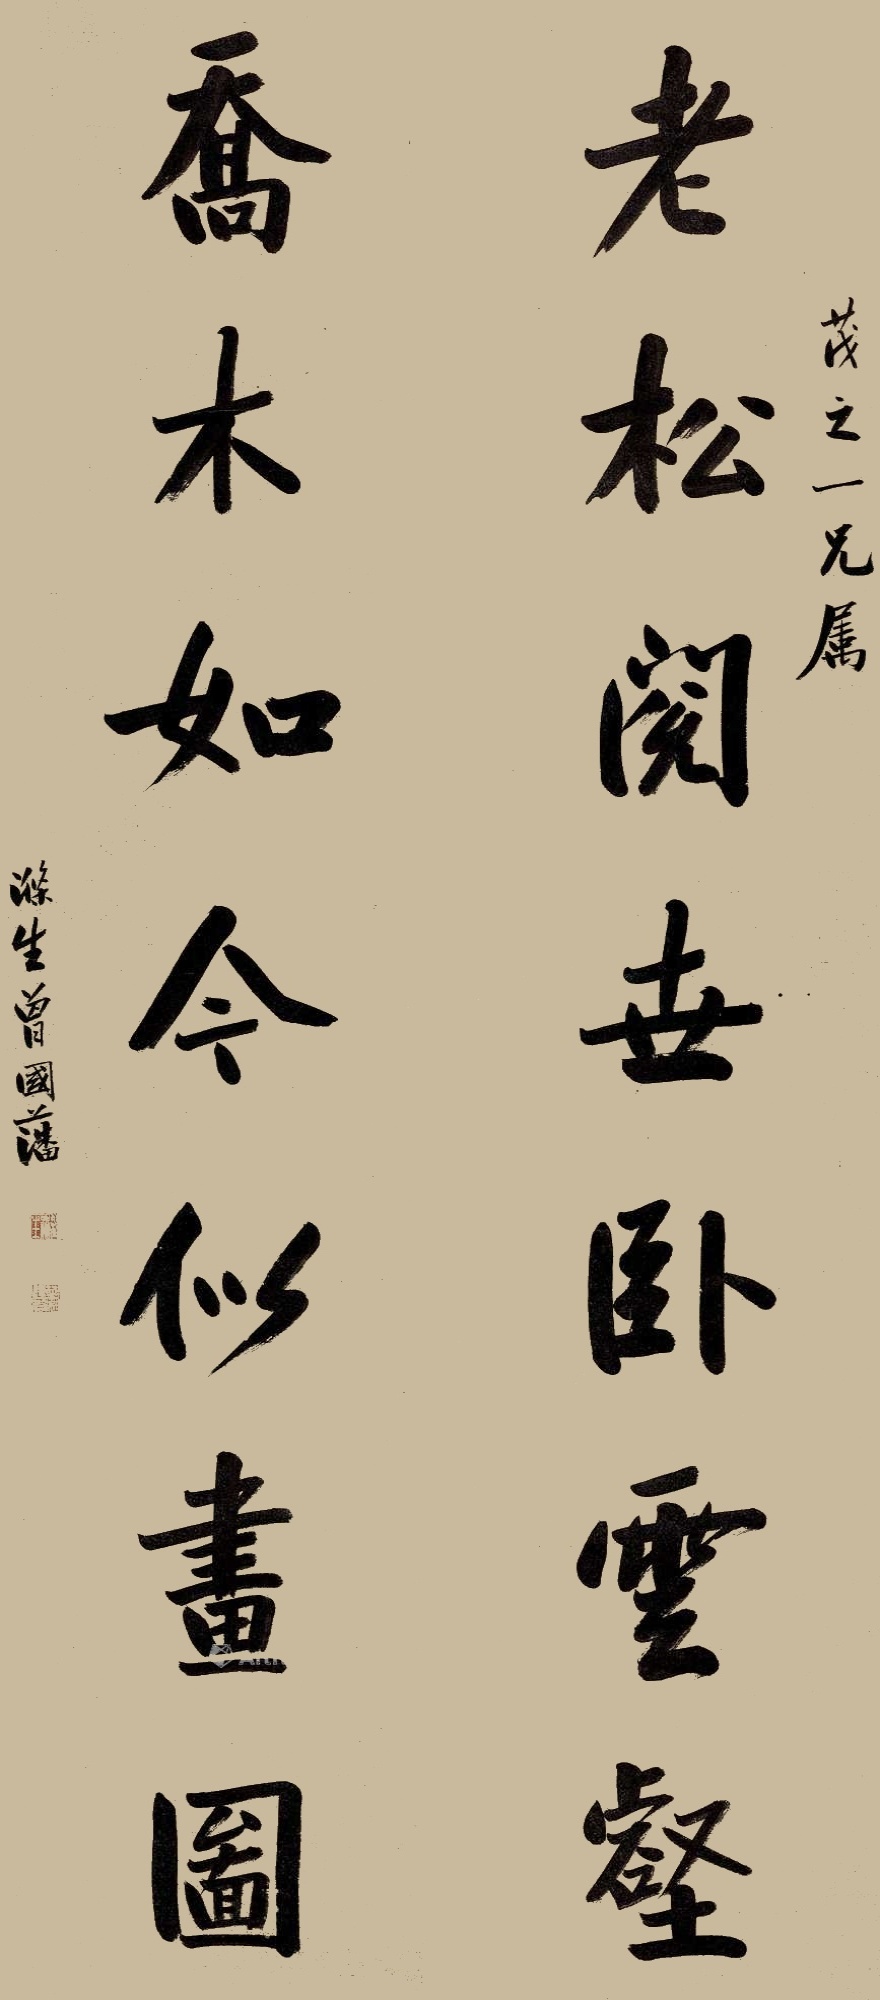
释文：老松阅世卧云壑，乔木如今似画图。茂之一兄属，涤生曾国藩。